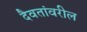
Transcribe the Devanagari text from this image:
दैवतांवरील